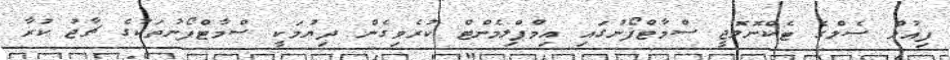
ފިއުލް ސެލްގެ ޓެކްނޮލޮޖީ ސްމާޓްފޯނުގައި އިމްޕްލިމެންޓް ކުރެވިގެން ދިޔުމަކީ ސްމާޓްފޯނުތަކުގެ ޗާޖު ކުރާ